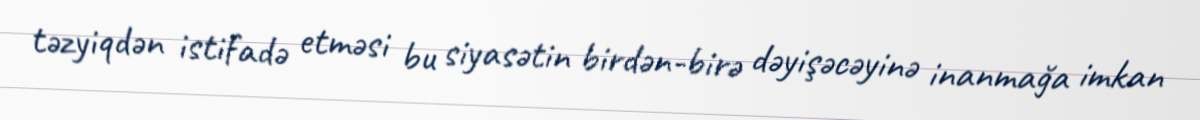
təzyiqdən istifadə etməsi bu siyasətin birdən-birə dəyişəcəyinə inanmağa imkan